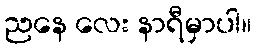
ညနေ လေး နာရီမှာပါ။